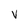
Character: N